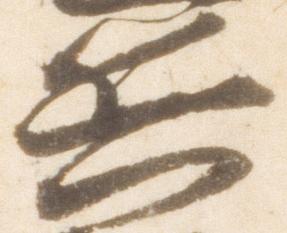
兵